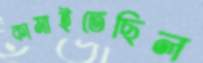
কামাইতেছিল